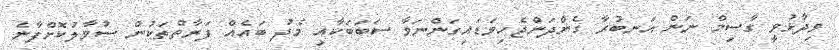
ވިދާޅުވީ ގާސިމް ނަން އަނބުރާ ގެންދަންޖެހިވަޑައިގަންނަވާ ސަބަބަކާއި މެދު ބައެއް ފަރާތްތަކުން ސުވާލުކޮށްފާނެ